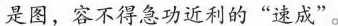
是图，容不得急功近利的”速成”。